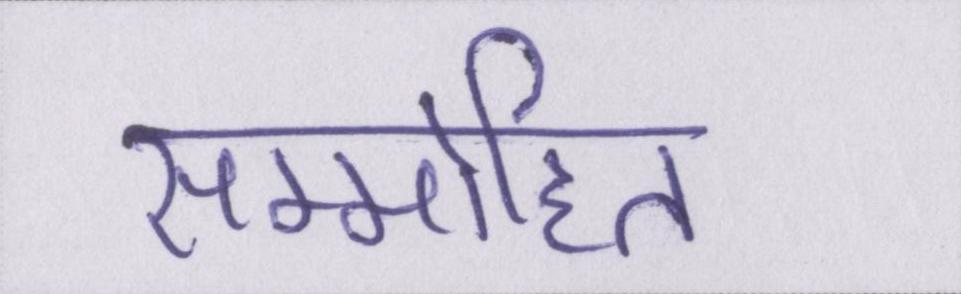
सम्मोहित